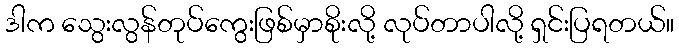
ဒါက သွေးလွန်တုပ်ကွေးဖြစ်မှာစိုးလို့ လုပ်တာပါလို့ ရှင်းပြရတယ်။